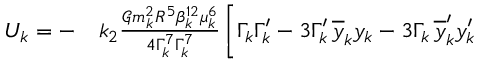
\begin{array} { r l } { U _ { k } = - } & { { } k _ { 2 } \frac { \mathcal { G } m _ { k } ^ { 2 } R ^ { 5 } \beta _ { k } ^ { 1 2 } \mu _ { k } ^ { 6 } } { 4 \Gamma _ { k } ^ { 7 } \Gamma _ { k } ^ { 7 } } \, \Bigg [ \Gamma _ { k } \Gamma _ { k } ^ { \prime } - 3 \Gamma _ { k } ^ { \prime } \, \overline { { y } } _ { k } y _ { k } - 3 \Gamma _ { k } \, \overline { { y } } _ { k } ^ { \prime } y _ { k } ^ { \prime } } \end{array}